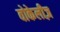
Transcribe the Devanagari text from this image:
वोकेलीज़